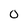
Character: 0